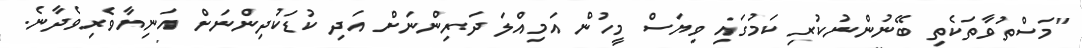
"މަސްތުވާތަކެތި ބޭނުންނުކުރި ކަމުގައި ވިޔަސް މީހުން އަމިއްލަ ދަރިންނަށް އަދި ކުޑަކުދިންނަށް އަނިޔާވެރިވެދާނެ.